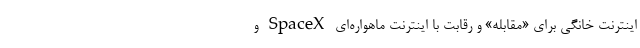
اینترنت خانگی برای «مقابله» و رقابت با اینترنت ماهواره‌ای SpaceX و